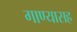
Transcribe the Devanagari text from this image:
गाण्यासह